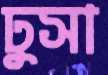
ঢুসা